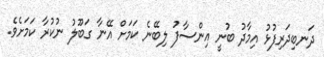
ދަނބިދަރިފުޅު އިމާދު ބުނީ އިންސާފު ލިބޭނެ ކަމަށް އޭނާ ގަބޫލު ނުކުރާ ކަމަށެވެ.